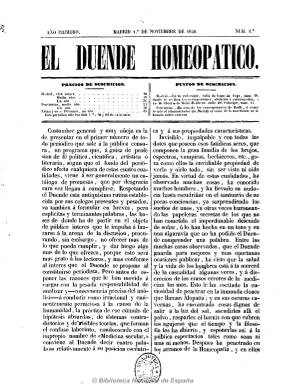
Título: El Duende homeopático
Colección: Homeopatía || Periódicos
Ámbito geográfico: Madrid
Lugar de publicación: Madrid
Fechas: 01/11/1850-20/11/1850

Periódico que dice publicarse para “analizar y combatir como irracional la práctica de ese cúmulo de hipótesis absurdas denominado con el impropio nombre de ‘medicina secular’”, practicada, según su redactor por “la gran familia de los brujos, espectros, vampiros, hechiceros, etc.”. Defiende en estilo satírico la homeopatía, a la que califica de ser “la única medicina verdadera, la única racional”, y se declara enemigo acérrimo de la denominada alopatía.

Contiene una sección clínica, otra denominada “parte oficial” y otra de “variedades”. Mantiene una viva polémica con los periódicos de la época que tratan de estos temas. De ocho páginas por número, sólo llegó a editar tres en el mes de noviembre (su periodicidad era decenal) y fue suspendida por orden de la autoridad superior política de la provincia. Su redactor pudo ser el médico homeópata progresista Pedro Mata. Fue continuada por El centinela de la homeopatía (1850-1851).